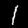
Digit: 1